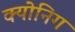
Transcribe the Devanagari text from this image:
क्योनिग